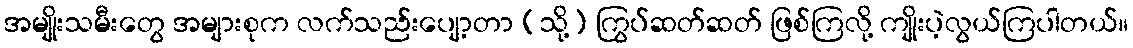
အမျိုးသမီးတွေ အများစုက လက်သည်းပျော့တာ (သို့) ကြွပ်ဆတ်ဆတ် ဖြစ်ကြလို့ ကျိုးပဲ့လွယ်ကြပါတယ်။